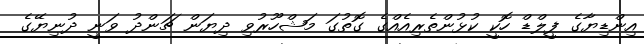
އިންޑިޔާގެ ފީލްޑް ހޮކީ ކުޅުންތެރިއެއްގެ ގޮތުގަ މަޝްހޫރުވި ދިޔަން ޗަންދު ވަނީ ދުނިޔޭގެ